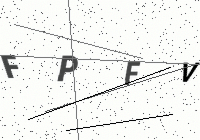
Text: FPFV